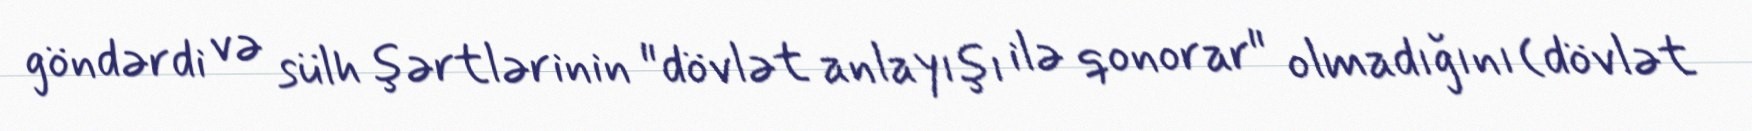
göndərdi və sülh şərtlərinin "dövlət anlayışı ilə qonorar" olmadığını (dövlət